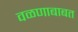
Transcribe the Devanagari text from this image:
वळणाबाबत